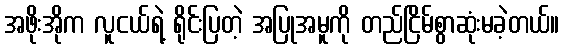
အဖိုးအိုက လူငယ်ရဲ့ ရိုင်းပြတဲ့ အပြုအမူကို တည်ငြိမ်စွာဆုံးမခဲ့တယ်။